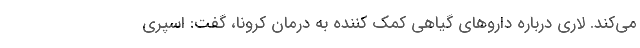
می‌کند. لاری درباره داروهای گیاهی کمک کننده به درمان کرونا، گفت: اسپری